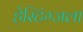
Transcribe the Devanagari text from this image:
हेस्टिंग्जला